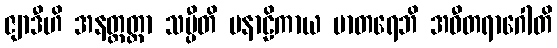
ဇျာဒီဟိ အနတ္တတ္တာ သပ္ပီတိ ပနာဠိကာယ မာတရေဘိ အဝီတရာဂေါတိ